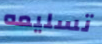
تسليمه